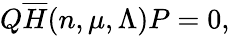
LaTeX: Q\overline{{{H}}}(n,\mu,\Lambda)P=0,